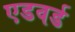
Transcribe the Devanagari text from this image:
एडवर्ड